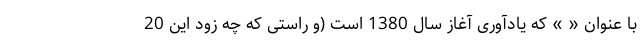
با عنوان « » که یادآوری آغاز سال 1380 است (و راستی که چه زود این 20